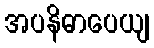
အပနိဓာပေယျ